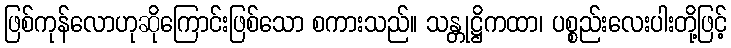
ဖြစ်ကုန်လောဟုဆိုကြောင်းဖြစ်သော စကားသည်။ သန္တုဋ္ဌိကထာ၊ ပစ္စည်းလေးပါးတို့ဖြင့်